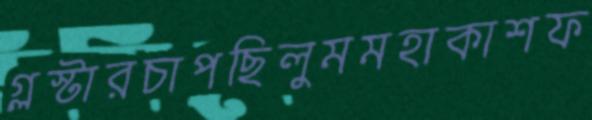
গ্লস্টারচাপছিলুমমহাকাশফ